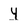
Character: 4